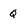
Character: Q